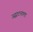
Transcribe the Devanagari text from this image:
उद्घाटनाला